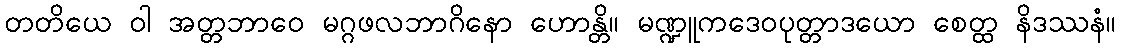
တတိယေ ဝါ အတ္တဘာဝေ မဂ္ဂဖလဘာဂိနော ဟောန္တိ။ မဏ္ဍူကဒေဝပုတ္တာဒယော စေတ္ထ နိဒဿနံ။